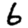
Digit: 6